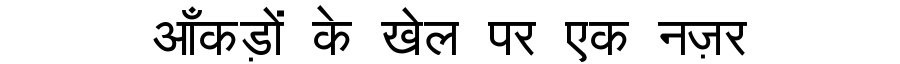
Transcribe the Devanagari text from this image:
आँकड़ों के खेल पर एक नज़र